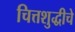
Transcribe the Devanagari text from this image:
चित्तशुद्धीचे